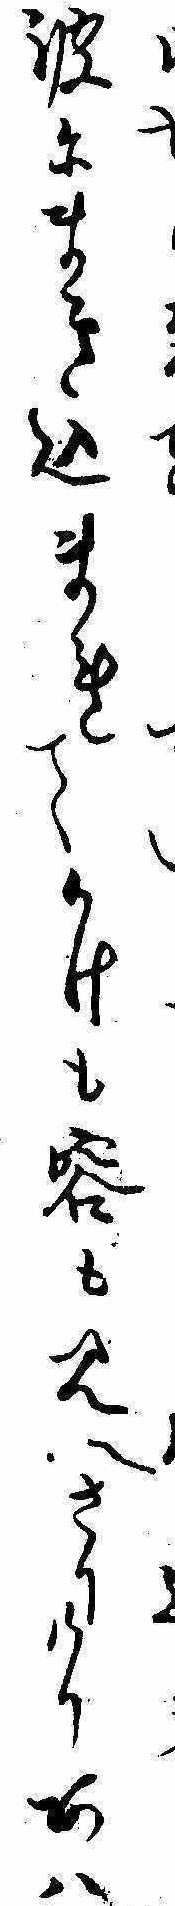
波にまき込まれてかけも容も見えさりけりあは